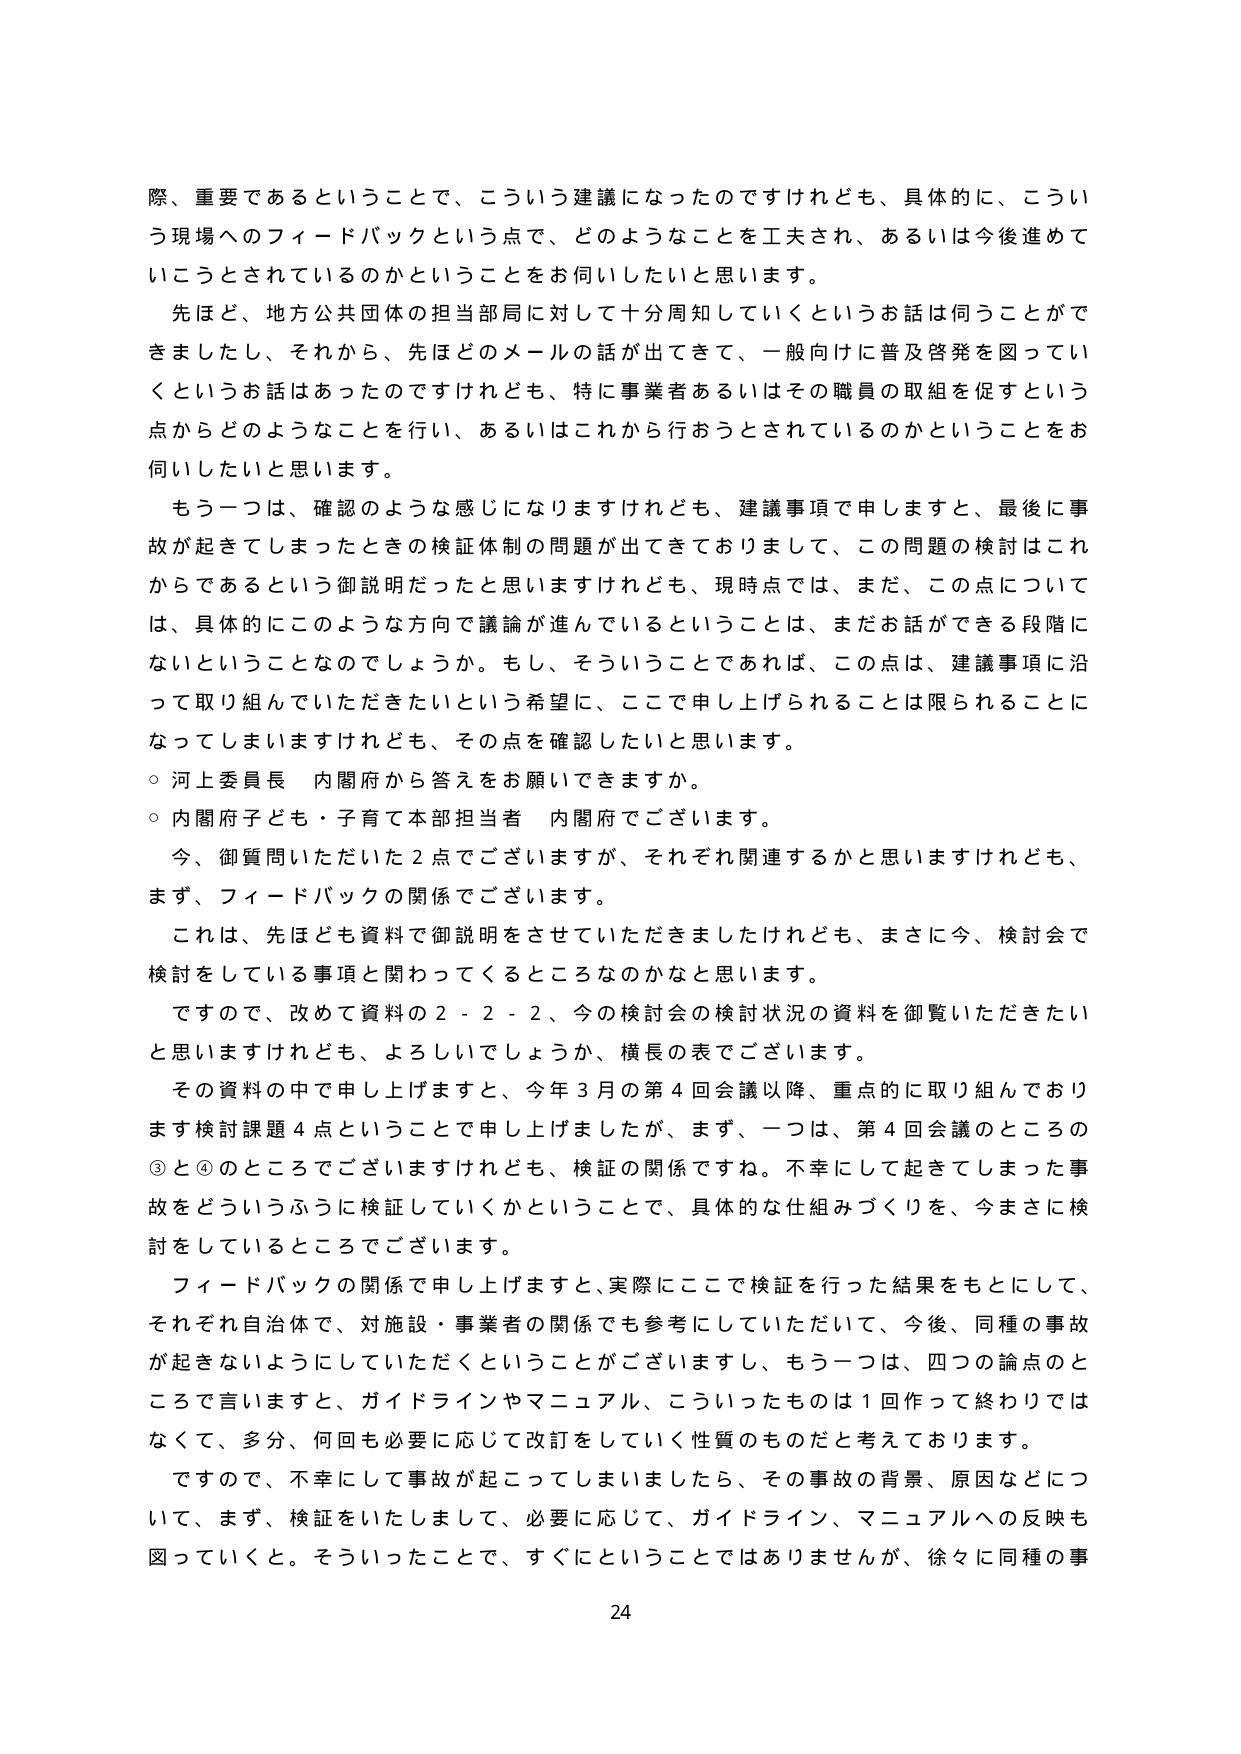
際、重要であるということで、こういう建議になったのですけれども、具体的に、こういう現場へのフィードバックという点で、どのようなことを工夫され、あるいは今後進めていこうとされているのかということをお伺いしたいと思います。

先ほど、地方公共団体の担当部局に対して十分周知していくというお話は伺うことができましたし、それから、先ほどのメールの話が出てきて、一般向けに普及啓発を図っていくというお話はあったのですけれども、特に事業者あるいはその職員の取組を促すという点からどのようなことを行い、あるいはこれから行おうとされているのかということをお伺いしたいと思います。

もう一つは、確認のような感じになりますけれども、建議事項で申しますと、最後に事故が起きてしまったときの検証体制の問題が出てきておりまして、この問題の検討はこれからであるという御説明だったと思いますけれども、現時点では、まだ、この点については、具体的にこのような方向で議論が進んでいるということは、まだお話ができる段階にないということなのでしょうか。もし、そういうことであれば、この点は、建議事項に沿って取り組んでいただきたいという希望に、ここで申し上げられることは限られることになってしまいますけれども、その点を確認したいと思います。

○ 河上委員長 内閣府から答えをお願いできますか。

○ 内閣府子ども・子育て本部担当者 内閣府でございます。

今、御質問いただいた2点でございますが、それぞれ関連するかと思いますけれども、まず、フィードバックの関係でございます。

これは、先ほども資料で御説明をさせていただきましたけれども、まさに今、検討会で検討をしている事項と関わってくるところなのかなと思います。

ですので、改めて資料の2-2-2、今の検討会の検討状況の資料を御覧いただきたいと思いますけれども、よろしいでしょうか、横長の表でございます。

その資料の中で申し上げますと、今年3月の第4回会議以降、重点的に取り組んでおります検討課題4点ということで申し上げましたが、まず、一つは、第4回会議のところの③と④のところでございますけれども、検証の関係ですね。不幸にして起きてしまった事故をどういうふうに検証していくかということで、具体的な仕組みづくりを、今まさに検討をしているところでございます。

フィードバックの関係で申し上げますと、実際にここで検証を行った結果をもとにして、それぞれ自治体で、対施設・事業者の関係でも参考にしていただいて、今後、同種の事故が起きないようにしていただくということがございますし、もう一つは、四つの論点のところで言いますと、ガイドラインやマニュアル、こういったものは1回作って終わりではなくて、多分、何回も必要に応じて改訂をしていく性質のものだと考えております。

ですので、不幸にして事故が起こってしましましたら、その事故の背景、原因などについて、まず、検証をいたしまして、必要に応じて、ガイドライン、マニュアルへの反映も図っていくと。そういったことで、すぐにということではありませんが、徐々に同種の事

24